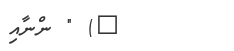
٤) " ންނާއި